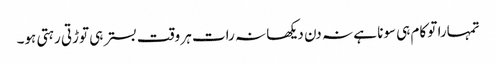
تمہارا تو کام ہی سونا ہے نہ دن دیکھا نہ رات ہر وقت بستر ہی توڑتی رہتی ہو۔